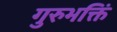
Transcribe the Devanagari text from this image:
गुरुभक्तिं